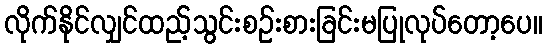
လိုက်နိုင်လျှင်ထည့်သွင်းစဉ်းစားခြင်းမပြုလုပ်တော့ပေ။